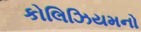
કોલિઝિયમનો